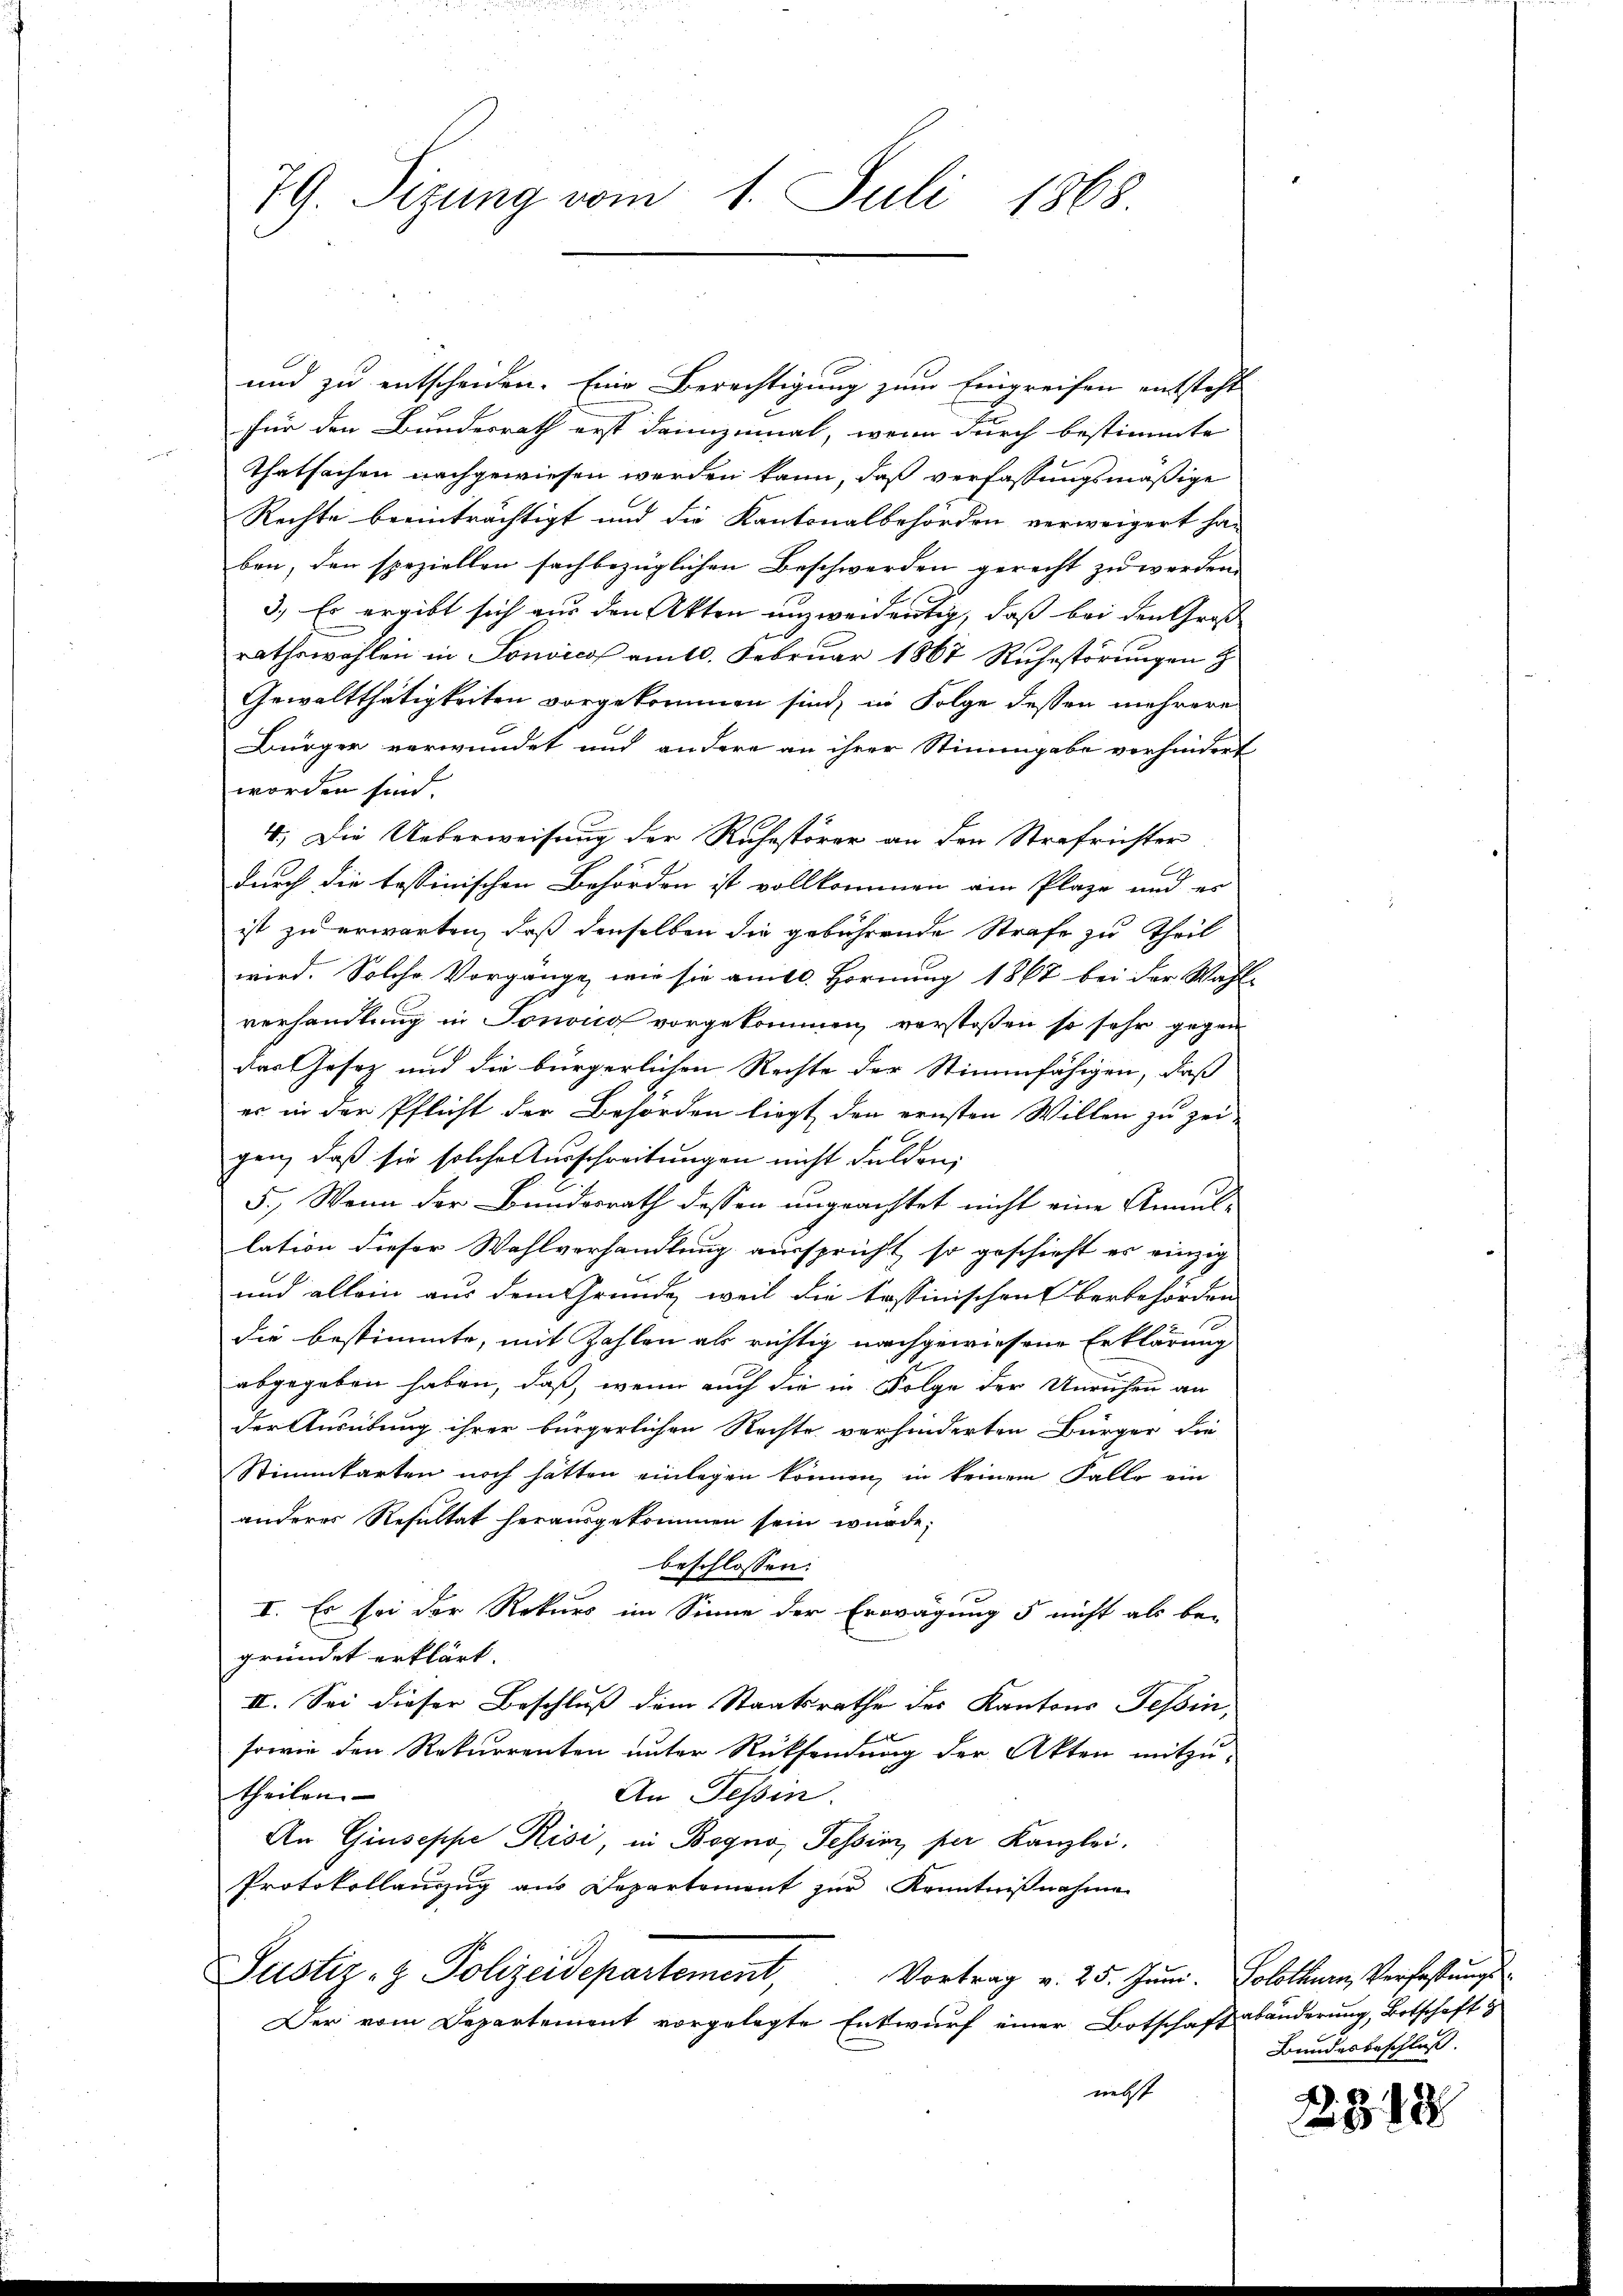
79. Sizung vom 1. Juli 1868

und zu entscheiden. Eine Berechtigung zum Eingreifen entsteht
Für den Bundesrath erst dannzumal, wenn durch bestimmte
Thatsachen nachgewiesen werden kann, daß verfassungsmäßige
Rechte beeinträchtigt und die Kantonalbehörden verweigert ha-
ben, den speziellen sachbezüglichen Beschwerden gerecht zu werden.
3.) Es ergibt sich aus den Akten unzweidentig, daß bei den Groß
rathswahlen in Sonvicos am 10. Februar 1867 Ruhestörungen H
Gewaltthätigkeiten vorgekommen sind, in Folge dessen mehrere
Bürger verwundet und andere an ihrer Stimmgabe verhindert
worden sind.
4.) Die Ueberweisung der Ruhestörer an den Strafrichter
durch die bessinischen Behörden ist vollkommen ain Plaze und es
ist zu erwarten, daß denselben die gebührende Strafe zu Theil
wird. Solche Vorgange, wie sie am 10. Hornung 1867 bei der Wahl-
verhandlung in Tonono vorgekommen, verstoßen so sehr gegen
das Gesetz und die bürgerlichen Rechte der Stimmfähigen, daß
er in der Pflicht der Behörden liegt den ernsten Willen zu zei-
gen, daß sie solche Ausschreitungen nicht Fulden,
5.) Wenn der Bundesrath dessen ungeachtet nicht eine Annul-
lation dieser Wahlverhandlung ausspricht so geschieht es einzig
und allein aus dem Grunde, weil die tessinischen Verbehörden
die bestimmte, mit Zahlen als richtig nachgewiesene Erklärung
abgegeben haben, daß, wenn auch die in Folge der Unruhen an
der Ausübung ihrer bürgerlichen Rechte verhinderten Bürger die
Stimmkarten noch hätten einlegen können, in keinem Falle ein
anderes Resultat herausgekommen sein würde;
beschlossen:
I. Es sei der Rekurs im Sinne der Erwägung 5 nicht als be-
gründet erklärt.
II. Sei dieser Beschluß dem Staatsrathe des Kantons Tessin,
sowie den Rekurrenten unter Rücksendung der Akten mitzu-
theilen. |
An Tessin.
An Giuseppe Risi, in Bogno, Tessini, per Kanzlei.
Protokollanzug aus Departement zur Kenntnißnahme
Justiz- & Polizeidepartement,
Vortrag v. 25. Juni. Solothurn, Verfassungs
Der vom Departement vorgelegte Entwurf einer Botschaftsbänderung, Botschaft g
necht

Bundesbeschluss.

2.8.18